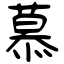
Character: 慕